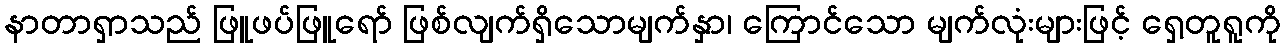
နာတာရှာသည် ဖြူဖပ်ဖြူရော် ဖြစ်လျက်ရှိသောမျက်နှာ၊ ကြောင်သော မျက်လုံးများဖြင့် ရှေ့တူရူကို